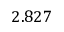
2 . 8 2 7